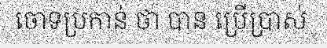
ចោទប្រកាន់ ថា បាន ប្រើប្រាស់